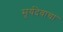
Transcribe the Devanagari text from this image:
सूर्यदेवाचा